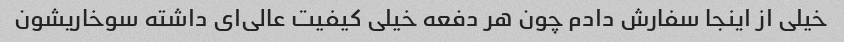
خیلی از اینجا سفارش دادم چون هر دفعه خیلی کیفیت عالی‌ای داشته سوخاریشون